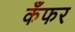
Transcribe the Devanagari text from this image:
कँफर